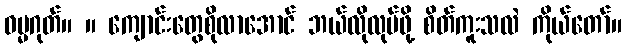
ဓမ္မဂုတ်။ ။ ကျောင်းတွေစိုလာအောင် ဘယ်လိုလုပ်ဖို့ စိတ်ကူးသလဲ ကိုယ်တော်။